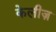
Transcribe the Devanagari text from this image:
केलीज़